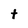
Character: t